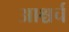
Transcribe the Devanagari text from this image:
आश्चर्च